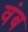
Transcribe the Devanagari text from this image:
वंब